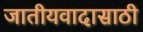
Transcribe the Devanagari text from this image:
जातीयवादासाठी